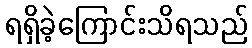
ရရှိခဲ့ကြောင်းသိရသည်